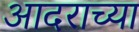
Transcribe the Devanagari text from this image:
आदराच्या